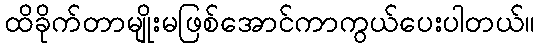
ထိခိုက်တာမျိုးမဖြစ်အောင်ကာကွယ်ပေးပါတယ်။